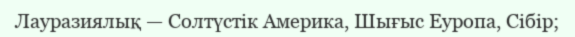
Лауразиялық — Солтүстік Америка, Шығыс Еуропа, Сібір;